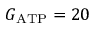
G _ { \mathrm { A T P } } = 2 0